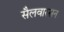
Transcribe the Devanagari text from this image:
सैलवारसन